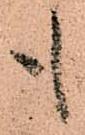
も